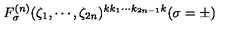
F _ { \sigma } ^ { ( n ) } ( \zeta _ { 1 } , \cdots , \zeta _ { 2 n } ) ^ { k k _ { 1 } \cdots k _ { 2 n - 1 } k } ( \sigma = \pm )